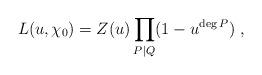
LaTeX: \begin{align*}L(u,\chi_0) = Z(u) \prod_{P\mid Q} (1-u^{\deg P})\;,\end{align*}